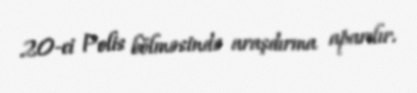
20-ci Polis bölməsində araşdırma aparılır.